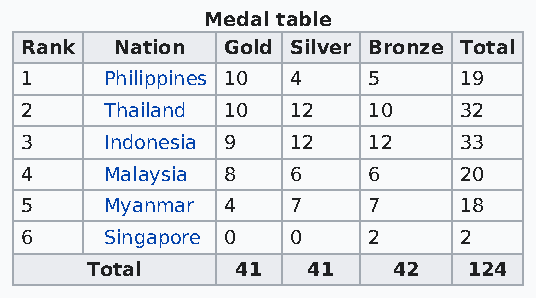
Medal table
 Rank   Nation Gold Silver Bronze Total
 1     Philippines 10 4 5     19
 2     Thailand 10 12   10    32
 3     Indonesia 9 12   12    33
 4     Malaysia 8  6    6     20
 5     Myanmar 4   7    7     18
 6     Singapore 0 0    2     2
 Total     41  41    42   124